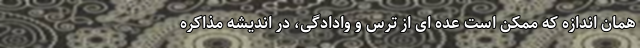
همان اندازه که ممکن است عده ای از ترس و وادادگی، در اندیشه مذاکره